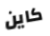
كاين